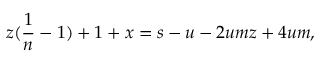
z ( \frac { 1 } { n } - 1 ) + 1 + x = s - u - 2 u m z + 4 u m ,